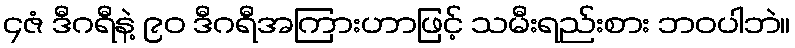
၄ဇံ ဒီဂရီနဲ့ ၉၀ ဒီဂရီအကြားဟာဖြင့် သမီးရည်းစား ဘဝပါဘဲ။